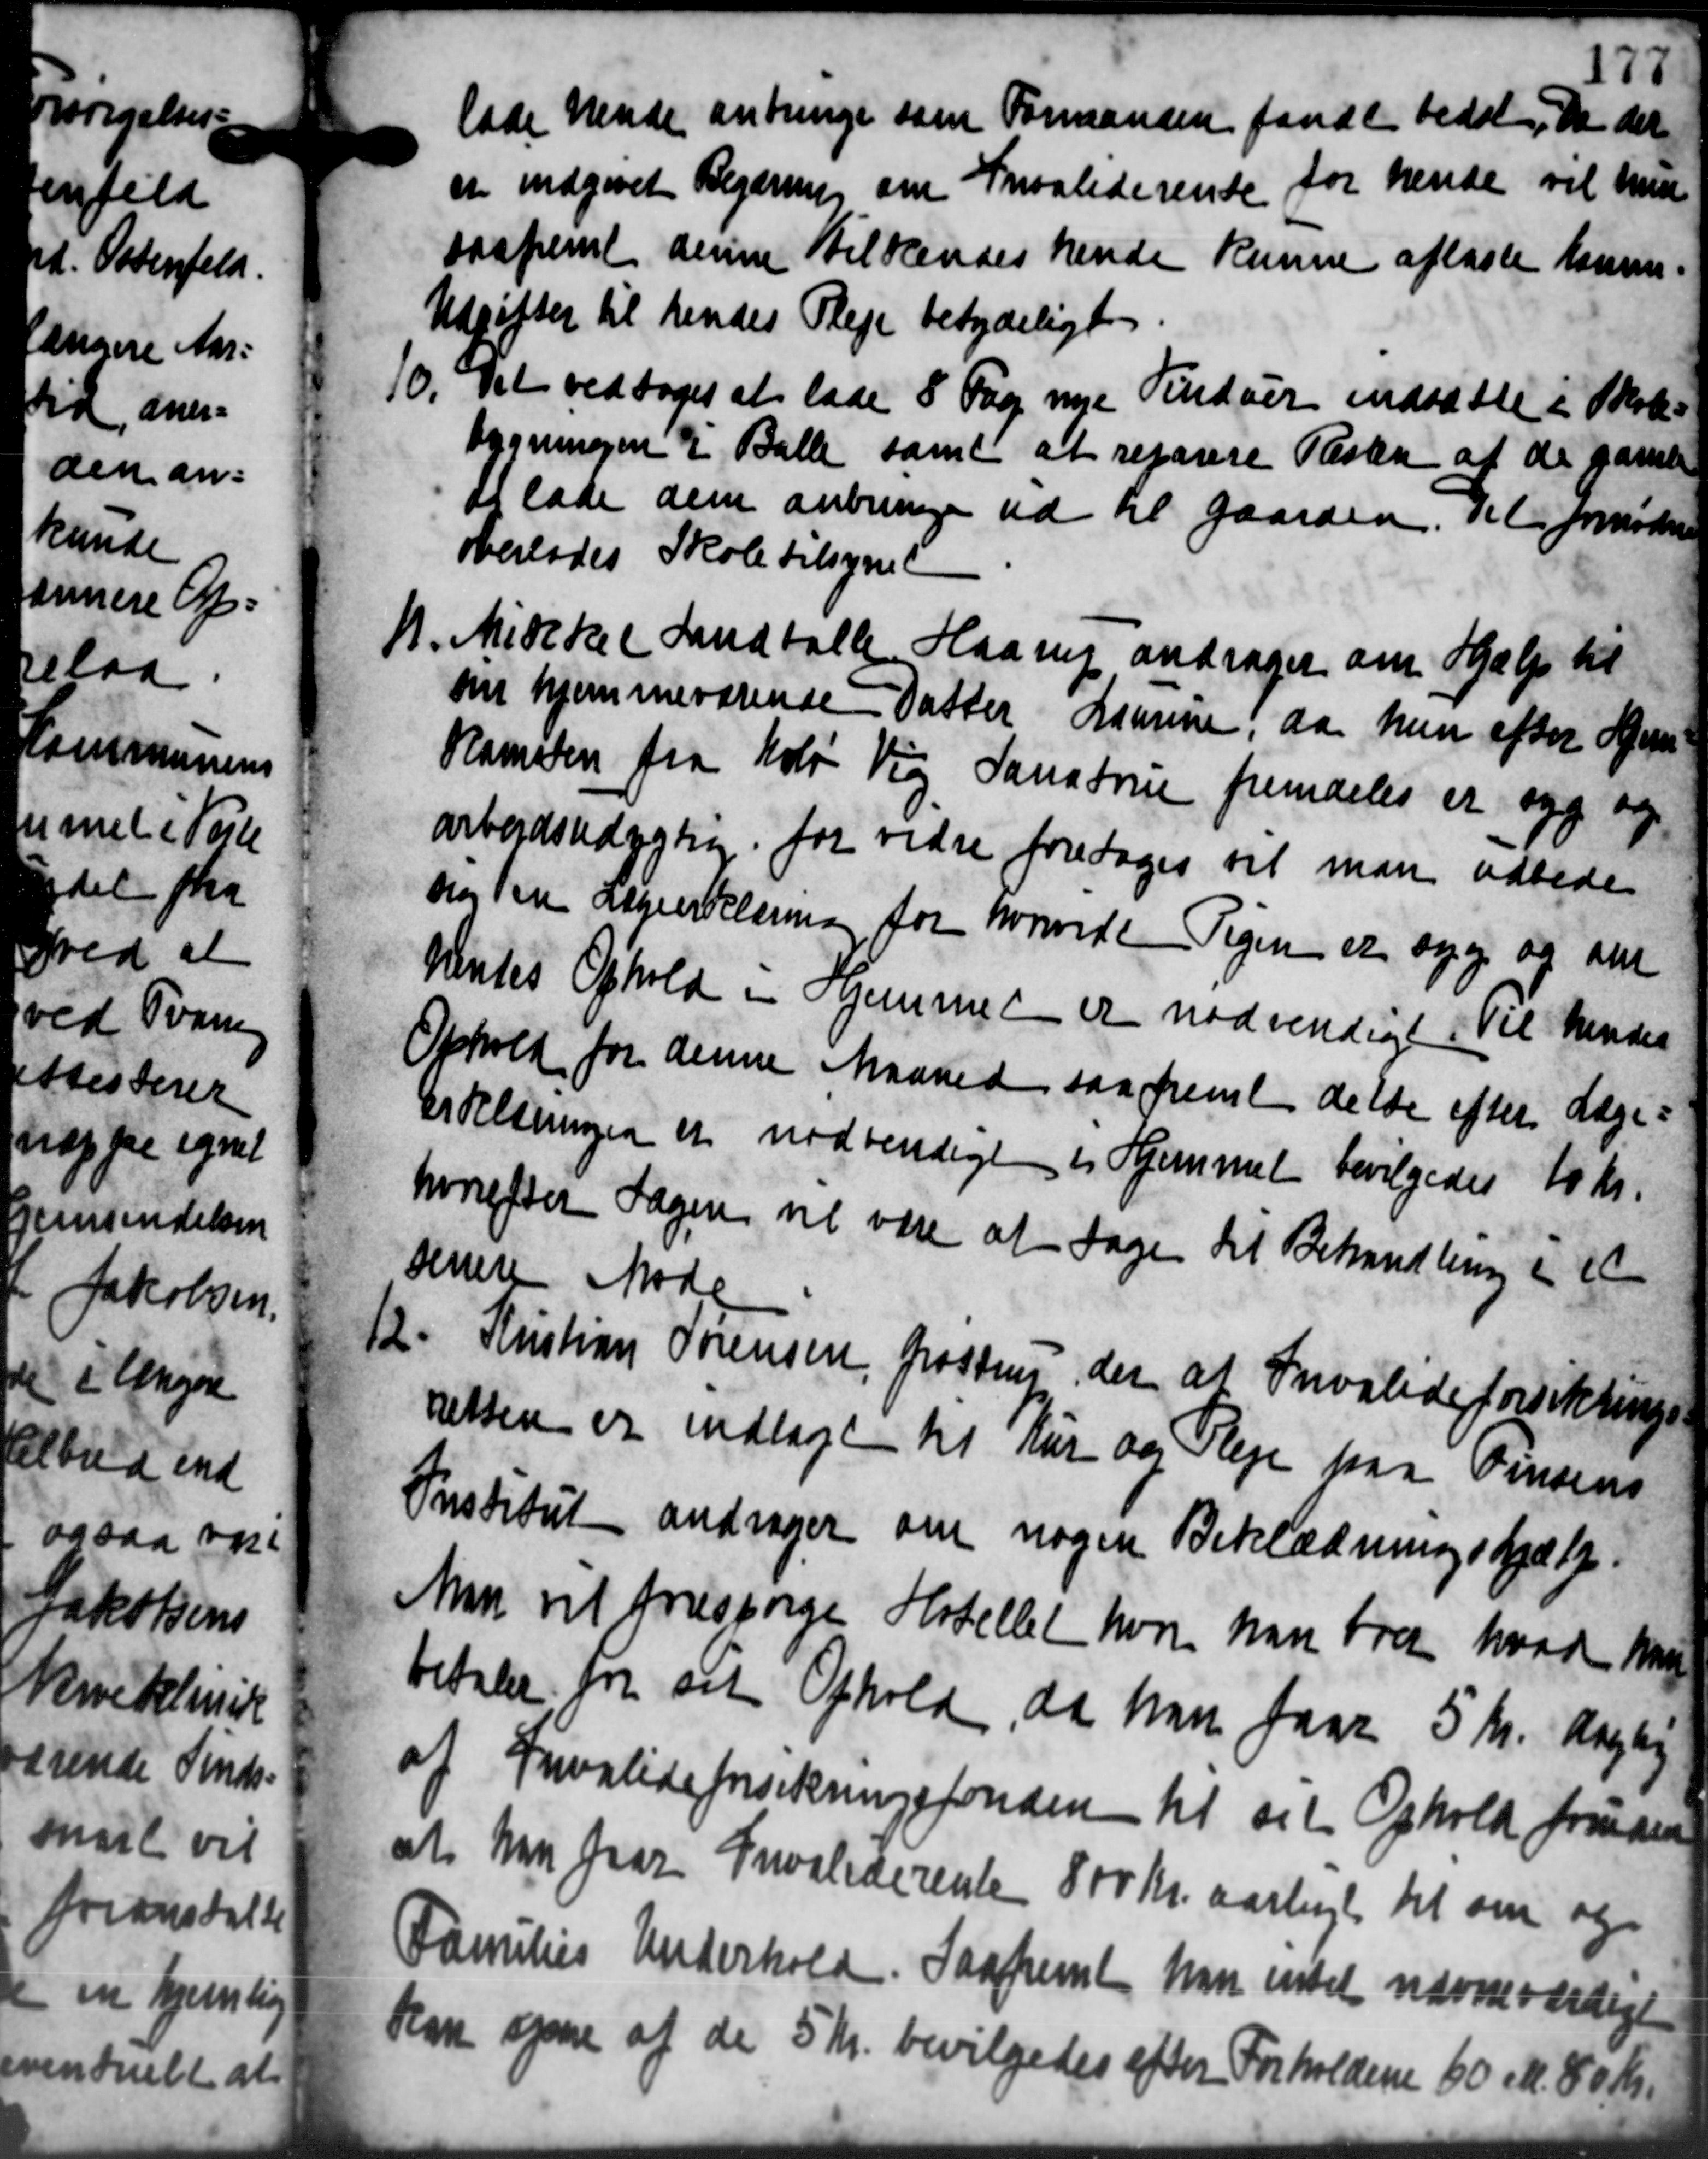
Transskription:
lade hende anbringe som Formanden fandt bedet. Da der
er indgivet Begæring om Invaliderende for hende vil med
saafremt denne tilkendes hende kunne aflaste komme-
Udgifter til hendes Pleje betydeligt
10. Det vedtoges at lade 8 Fag nye Vinduer indsætte i Skole-
10. Det vedtoges at lade 8 Fag nye Vinduer indsætte i Skole-
bygningen i Balle samt at reparere Resten af de gamle
at lade dem anbringe ud til gaarden, det fornødne
overlodes Skole tilsynet
M. Mikke (Landballe Haarup andrager om Hjælp til
M. Mikke (Landballe Haarup andrager om Hjælp til
om hjemmeværende Datter Laurine, da hun efter Hen
Kamsten fra Kold Vig Sanstrue fremdeles er syg og
arbejdsdygtig for vidre foretages vil man udbede
sig for Aageerklæring for hvorvede Pigen er syg og an
Hentes Ophold i Hjemmet er nødvendige Til hendes
Ophold for denne Maaned saafremt dette efter Læge=
Erklæringen er nødvendigt en Hjemmet bevilgedes 10 Kr.
hvorefter Sagen vil være at tage til Behandling i et
senere Møde
12. Kristian Sørensen, Grosten, der at Invalideforsikrings-
12. Kristian Sørensen, Grosten, der at Invalideforsikrings-
retten er indlagt til Kur og Pleje paa Finsens
Institut andrager om nogen Beklædningshjælp.
Man vil forespørge Hotellet hvor han fra hvad han
betaler for sit Ophold, da han faar 5 Kr. daglig
af Invalideforsikringsfonden til sit Ophold foruden
at han faar Invaliderente 800 Kr. aarligt til om og
Families Underhold Saafremt har intet nævneværdige
kan opne af de 5 Kr. bevilgedes efter Forholdene 60 Mk. 80 Kr.